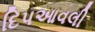
દિપઆવલી